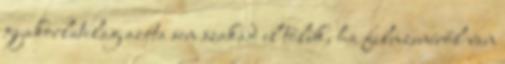
gyakorlatilag azóta sem szakad el tőlük, ha filmzenéről van